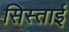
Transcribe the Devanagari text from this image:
सिस्ताई